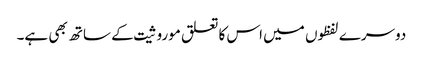
دوسرے لفظوں میں اس کا تعلق موروثیت کے ساتھ بھی ہے۔